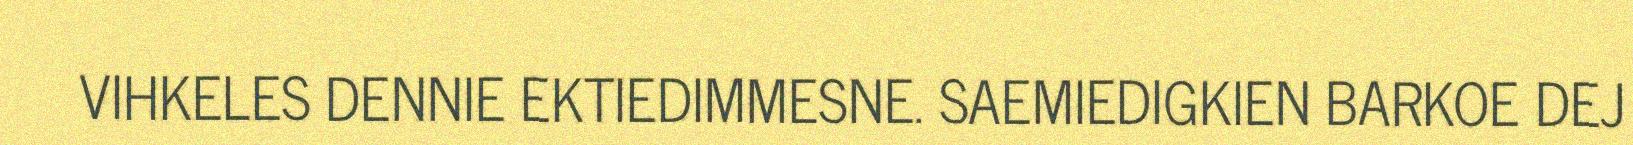
VIHKELES DENNIE EKTIEDIMMESNE. SAEMIEDIGKIEN BARKOE DEJ